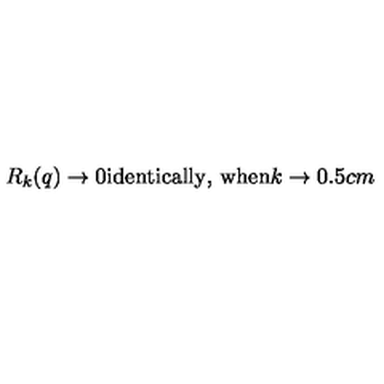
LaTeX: R _ { k } ( q ) \to 0 \mathrm { i d e n t i c a l l y , } \ \mathrm { w h e n } k \to 0 \hspace { 0 . 5 c m }